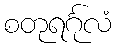
စတုရင်္ဂုလံ